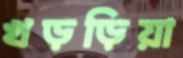
খড়ড়িয়া